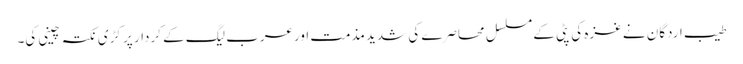
طیب اردگان نے غزہ کی پٹی کے مسلسل محاصرے کی شدید مذمت اورعرب لیگ کے کردار پر کڑی نکتہ چینی کی۔